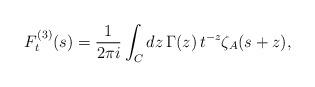
LaTeX: \begin{align*}F_t^{(3)}(s) = \frac{1}{2\pi i}\int_C dz \, \Gamma(z) \,t^{-z}\zeta_A(s+z),\end{align*}